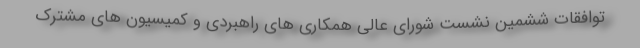
توافقات ششمین نشست شورای عالی همکاری های راهبردی و کمیسیون های مشترک